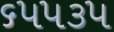
૬૫૫૩૫